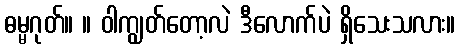
ဓမ္မဂုတ်။ ။ ဝါကျွတ်တော့လဲ ဒီလောက်ပဲ ရှိသေးသလား။